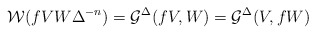
\begin{align*}\mathcal{W}( f VW \Delta ^{-n}) = \mathcal{G}^{\Delta}(fV,W)=\mathcal{G}^{\Delta}(V,fW)\end{align*}